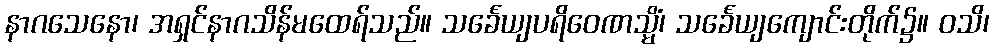
နာဂသေနော၊ အရှင်နာဂသိန်မထေရ်သည်။ သင်္ခေယျပရိဝေဏသ္မိံ၊ သင်္ခေယျကျောင်းတိုက်၌။ ဝသိ၊